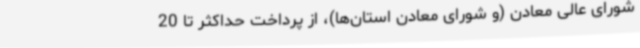
شورای عالی معادن (و شورای معادن استان‌ها)، از پرداخت حداکثر تا 20